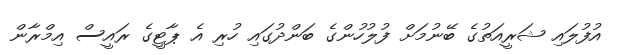
އުފުލައި ޝަރީއަތުގެ ބޭނުމަށް ފުލުހުންގެ ބަންދުގައި ހުރި އެ ޕާޓީގެ ރައީސް އިމްރާން